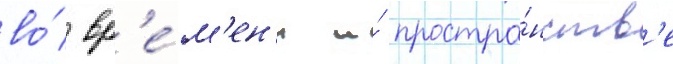
во́ вр'е́м'ен'и и́ простра́нств'е